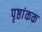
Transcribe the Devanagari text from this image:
पृष्ठांकक